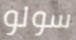
سولو